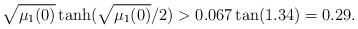
LaTeX: \begin{align*}\sqrt {\mu_1(0)} \tanh (\sqrt{\mu_1(0)}/2)> 0.067 \tan (1.34)=0.29.\end{align*}